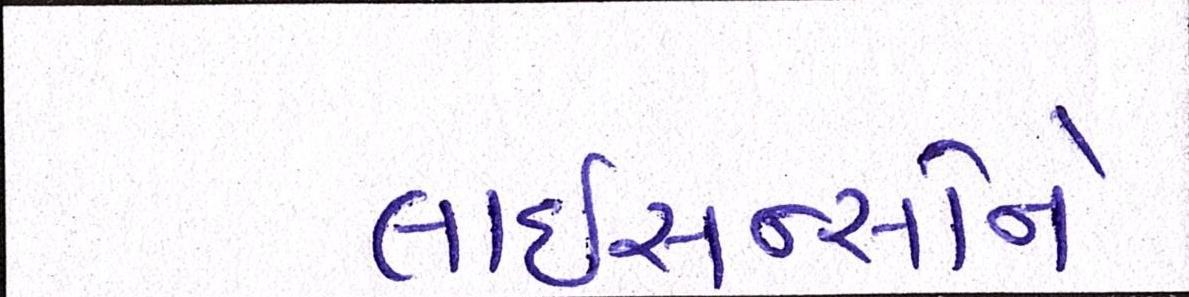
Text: લાઇસન્સોને